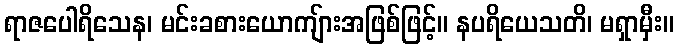
ရာဇပေါရိသေန၊ မင်းခစားယောကျ်ားအဖြစ်ဖြင့်။ နပရိယေသတိ၊ မရှာမှီး။